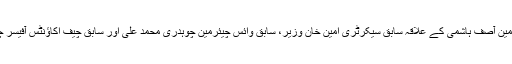
متروکہ وقف املاک بورڈ کے سابق چیئرمین آصف ہاشمی کے علاقہ سابق سیکرٹری امین خان وزیر، سابق وائس چیئرمین چوہدری محمد علی اور سابق چیف اکاﺅنٹس آفیسر چوہدری اکرم بھی عدالت میں پیش ہوئے ۔